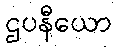
ဌပနီယော